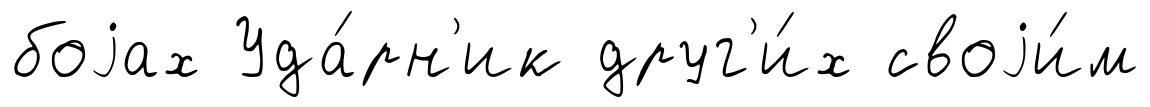
боjах Уда́рн'ик друг'и́х своjи́м